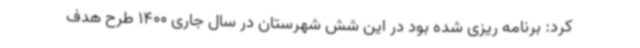
کرد: برنامه ریزی شده بود در این شش شهرستان در سال جاری 1400 طرح هدف